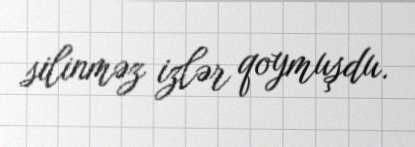
silinməz izlər qoymuşdu.